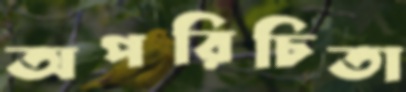
অপরিচিতা